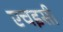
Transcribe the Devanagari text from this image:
एचइसी